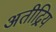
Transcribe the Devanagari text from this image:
अतीद्रिय